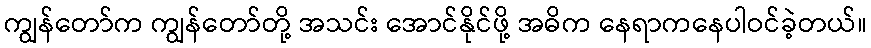
ကျွန်တော်က ကျွန်တော်တို့ အသင်း အောင်နိုင်ဖို့ အဓိက နေရာကနေပါဝင်ခဲ့တယ်။